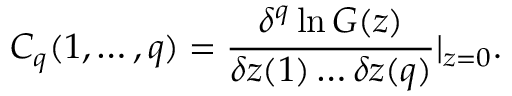
C _ { q } ( 1 , \ldots , q ) = { \frac { \delta ^ { q } \ln G ( z ) } { \delta z ( 1 ) \ldots \delta z ( q ) } } | _ { z = 0 } .